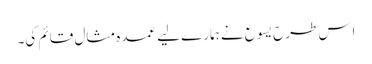
‏ اِس طرح یسوع نے ہمارے لیے عمدہ مثال قائم کی۔